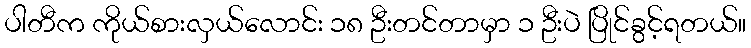
ပါတီက ကိုယ်စားလှယ်လောင်း ၁၈ ဦးတင်တာမှာ ၁ ဦးပဲ ပြိုင်ခွင့်ရတယ်။